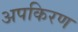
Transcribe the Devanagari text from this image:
अपकिरण